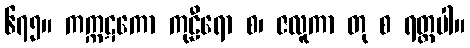
၆၇၅။ ကက္ကဋကော ကုဠီရော စ၊ ဇလူကာ တု စ ရတ္တပါ။